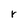
Character: r